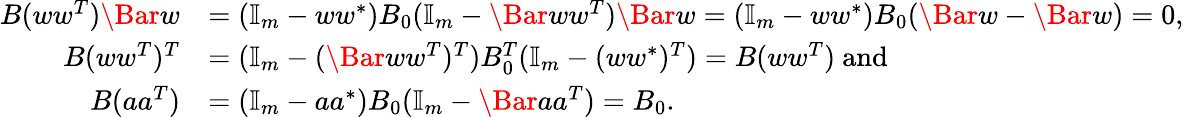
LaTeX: \begin{array}{rl}{B(ww^{T})\Bar w}&{=(\mathbb{I}_{m}-ww^{\ast})B_{0}(\mathbb{I}_{m}-\Bar ww^{T})\Bar w=(\mathbb{I}_{m}-ww^{\ast})B_{0}(\Bar w-\Bar w)=0,}\\ {B(ww^{T})^{T}}&{=(\mathbb{I}_{m}-(\Bar ww^{T})^{T})B_{0}^{T}(\mathbb{I}_{m}-(ww^{\ast})^{T})=B(ww^{T})\mathrm{\ and}}\\ {B(aa^{T})}&{=(\mathbb{I}_{m}-aa^{\ast})B_{0}(\mathbb{I}_{m}-\Bar aa^{T})=B_{0}.}\end{array}